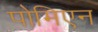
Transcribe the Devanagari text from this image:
पोमिएन